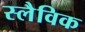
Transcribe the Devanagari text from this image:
स्लैविक